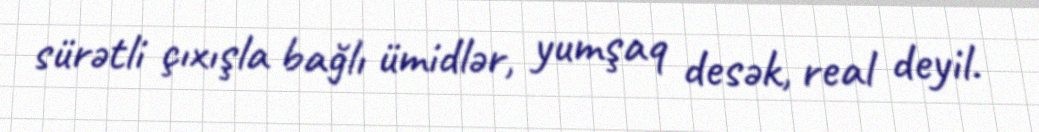
sürətli çıxışla bağlı ümidlər, yumşaq desək, real deyil.